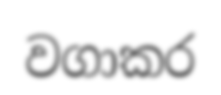
වගාකර